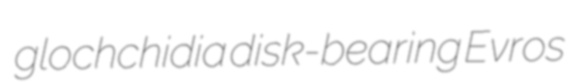
glochchidia disk-bearing Evros